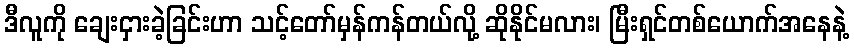
ဒီလူကို ချေးငှားခဲ့ခြင်းဟာ သင့်တော်မှန်ကန်တယ်လို့ ဆိုနိုင်မလား၊ မြီးရှင်တစ်ယောက်အနေနဲ့